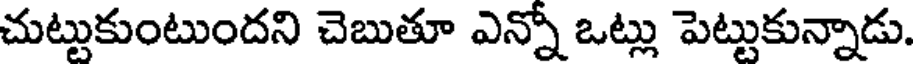
చుట్టుకుంటుందని చెబుతూ ఎన్నో ఒట్లు పెట్టుకున్నాడు.